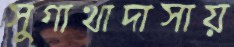
সুগাথাদাসায়